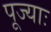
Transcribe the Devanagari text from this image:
पूज्याः